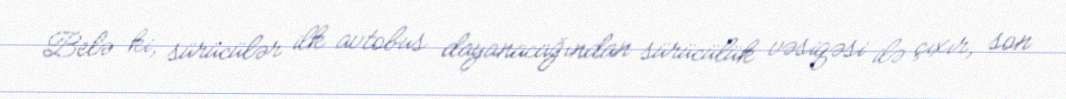
Belə ki, sürücülər ilk avtobus dayanacağından sürücülük vəsiqəsi ilə çıxır, son